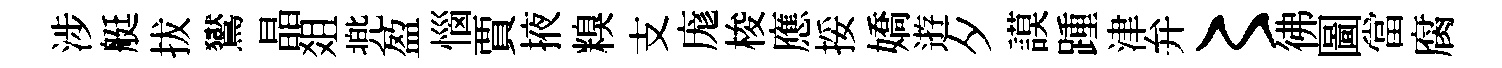
涉艇拔鸑晶爼兠盈惱賈掖糗支庬梭應挼嬌逰夕謨踵津弁〻彿圖當腐